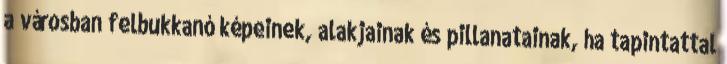
a városban felbukkanó képeinek, alakjainak és pillanatainak, ha tapintattal